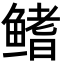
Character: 鳍